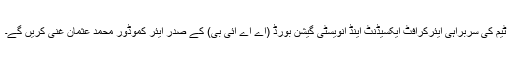
ٹیم کی سربراہی ایئرکرافٹ ایکسیڈنٹ اینڈ انویسٹی گیشن بورڈ (اے اے آئی بی) کے صدر ایئر کموڈور محمد عثمان غنی کریں گے۔